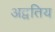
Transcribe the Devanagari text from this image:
अद्वतिय